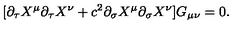
[ \partial _ { \tau } X ^ { \mu } \partial _ { \tau } X ^ { \nu } + c ^ { 2 } \partial _ { \sigma } X ^ { \mu } \partial _ { \sigma } X ^ { \nu } ] G _ { \mu \nu } = 0 .